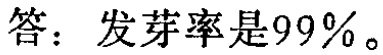
答：发芽率是99%。